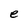
Character: e